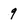
Character: 9